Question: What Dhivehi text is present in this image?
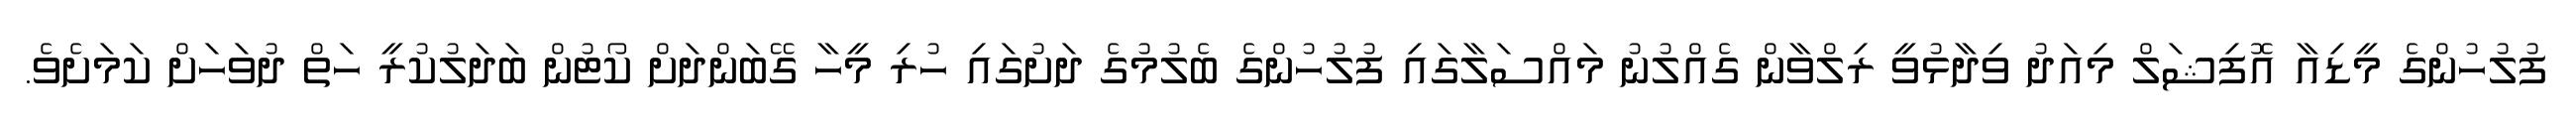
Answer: ފުލުހުންގެ މީޑިއާ އޮފިޝަލް މިއަދު ވިދާޅުވީ ރިލްވާން ގެއްލުނު މައްސަލާގައި ފުލުހުންގެ ބެލުމުގެ ދަށުގައި ހުރި މީހާ ގޭބަންދަށް ކޯޓުން ބަދަލުކުރީ ހަތް ދުވަހަށް ކަމަށެވެ.